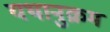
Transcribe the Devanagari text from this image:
यथानुक्रम